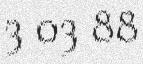
3 03 88